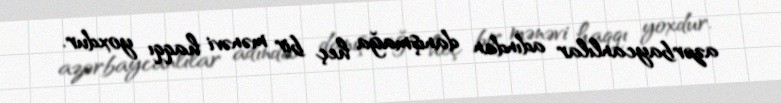
azərbaycanlılar adından danışmağa heç bir mənəvi haqqı yoxdur.